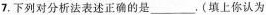
7.下列对分析法表述正确的是___。(填上你认为